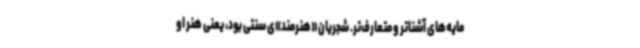
مایه‌های آشناتر و متعارف‌تر. شجریان «هنرمند»ی سنتی بود، یعنی هنر او